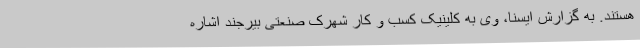
هستند. به گزارش ایسنا، وی به کلینیک کسب و کار شهرک صنعتی بیرجند اشاره